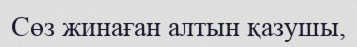
Сөз жинаған алтын қазушы,